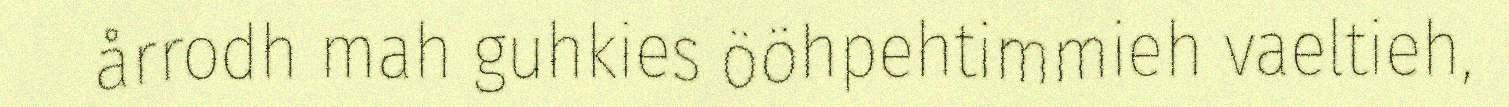
årrodh mah guhkies ööhpehtimmieh vaeltieh,